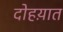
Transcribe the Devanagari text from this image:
दोहय़ात